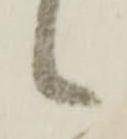
候